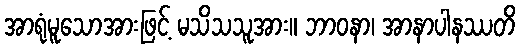
အာရုံမူသောအားဖြင့် မသိသသူအား။ ဘာဝနာ၊ အာနာပါနဿတိ